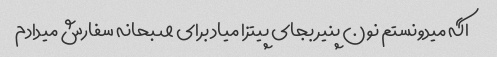
اگه میدونستم نون پنیر بجای پیتزا میاد برای صبحانه سفارش میدادم